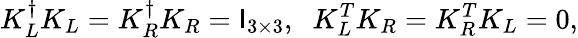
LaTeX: K_{L}^{\dagger}K_{L}=K_{R}^{\dagger}K_{R}=\mathsf{I}_{3\times3},\; \; K_{L}^{T}K_{R}=K_{R}^{T}K_{L}=0,